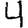
Digit: 4